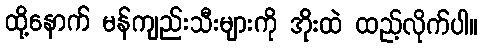
ထို့နောက် မန်ကျည်းသီးများကို အိုးထဲ ထည့်လိုက်ပါ။